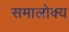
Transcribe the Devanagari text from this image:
समालोक्य